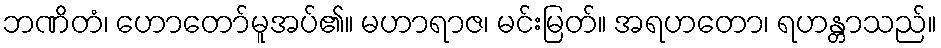
ဘဏိတံ၊ ဟောတော်မူအပ်၏။ မဟာရာဇ၊ မင်းမြတ်။ အရဟတော၊ ရဟန္တာသည်။